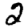
Digit: 2